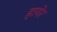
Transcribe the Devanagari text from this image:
हायेर